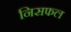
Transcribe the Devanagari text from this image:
निसफल